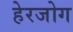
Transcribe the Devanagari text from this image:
हेरजोग